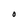
Character: O